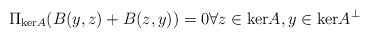
\begin{align*} \Pi_{\mathrm{ker}A} (B(y,z) + B(z,y)) = 0 \forall z \in \mathrm{ker}A, y \in \mathrm{ker}A^\perp\end{align*}